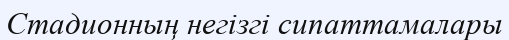
Стадионның негізгі сипаттамалары